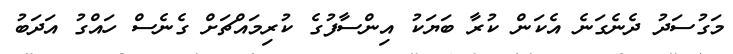
މަގުސަދު ދެނެގަނެ އެކަން ކުރާ ބަޔަކު އިންސާފުގެ ކުރިމައްޗަށް ގެނެސް ހައްގު އަދަބު